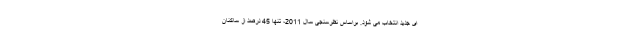
ای جدید انتخاب می شود. براساس نظرسنجی سال 2011، تنها 45 درصد از ساکنان